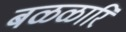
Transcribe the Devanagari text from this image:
बळळारि